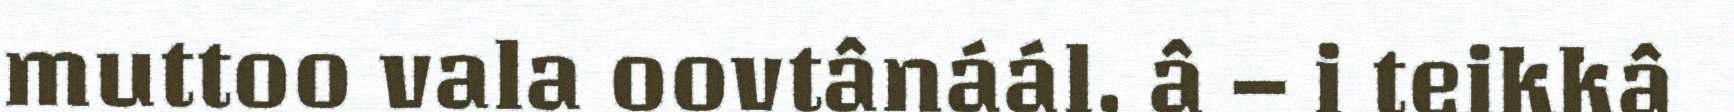
muttoo vala oovtânáál, â – i teikkâ